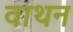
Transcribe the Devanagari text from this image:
वाथन